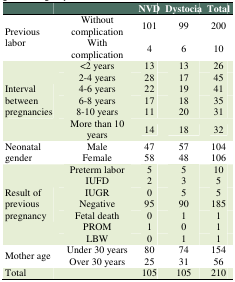
<table><thead><tr><td><b> </b></td><td><b> </b></td><td><b>NVD</b></td><td><b>Dystocia</b></td><td><b>Total</b></td></tr></thead><tbody><tr><td rowspan="2">Previous labor</td><td>Without complication</td><td>101</td><td>99</td><td>200</td></tr><tr><td>With complication</td><td>4</td><td>6</td><td>10</td></tr><tr><td rowspan="6">Interval between pregnancies </td><td>&lt;2 years</td><td>13</td><td>13</td><td>26</td></tr><tr><td>2-4 years</td><td>28</td><td>17</td><td>45</td></tr><tr><td>4-6 years</td><td>22</td><td>19</td><td>41</td></tr><tr><td>6-8 years</td><td>17</td><td>18</td><td>35</td></tr><tr><td>8-10 years</td><td>11</td><td>20</td><td>31</td></tr><tr><td>More than 10 years</td><td>14</td><td>18</td><td>32</td></tr><tr><td rowspan="2">Neonatal gender</td><td>Male</td><td>47</td><td>57</td><td>104</td></tr><tr><td>Female</td><td>58</td><td>48</td><td>106</td></tr><tr><td rowspan="7">Result of previous pregnancy</td><td>Preterm labor</td><td>5</td><td>5</td><td>10</td></tr><tr><td>IUFD</td><td>2</td><td>3</td><td>5</td></tr><tr><td>IUGR</td><td>0</td><td>5</td><td>5</td></tr><tr><td>Negative</td><td>95</td><td>90</td><td>185</td></tr><tr><td>Fetal death</td><td>0</td><td>1</td><td>1</td></tr><tr><td>PROM</td><td>1</td><td>0</td><td>1</td></tr><tr><td>LBW</td><td>0</td><td>1</td><td>1</td></tr><tr><td rowspan="2">Mother age</td><td>Under 30 years</td><td>80</td><td>74</td><td>154</td></tr><tr><td>Over 30 years</td><td>25</td><td>31</td><td>56</td></tr><tr><td>Total</td><td> </td><td>105</td><td>105</td><td>210</td></tr></tbody></table>